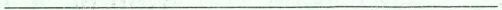
___